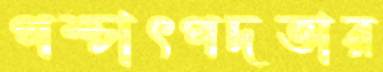
পশ্চাৎপদতার